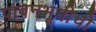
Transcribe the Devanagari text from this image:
पावनभूमीची